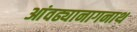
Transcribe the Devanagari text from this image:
आंवढ्यानागनाथ